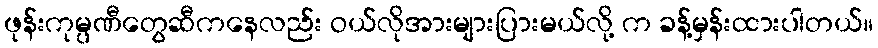
ဖုန်းကုမ္ပဏီတွေဆီကနေလည်း ဝယ်လိုအားများပြားမယ်လို့ က ခန့်မှန်းထားပါတယ်။